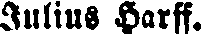
Julius Harff.